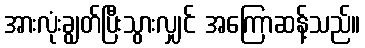
အားလုံးချွတ်ပြီးသွားလျှင် အကြောဆန့်သည်။